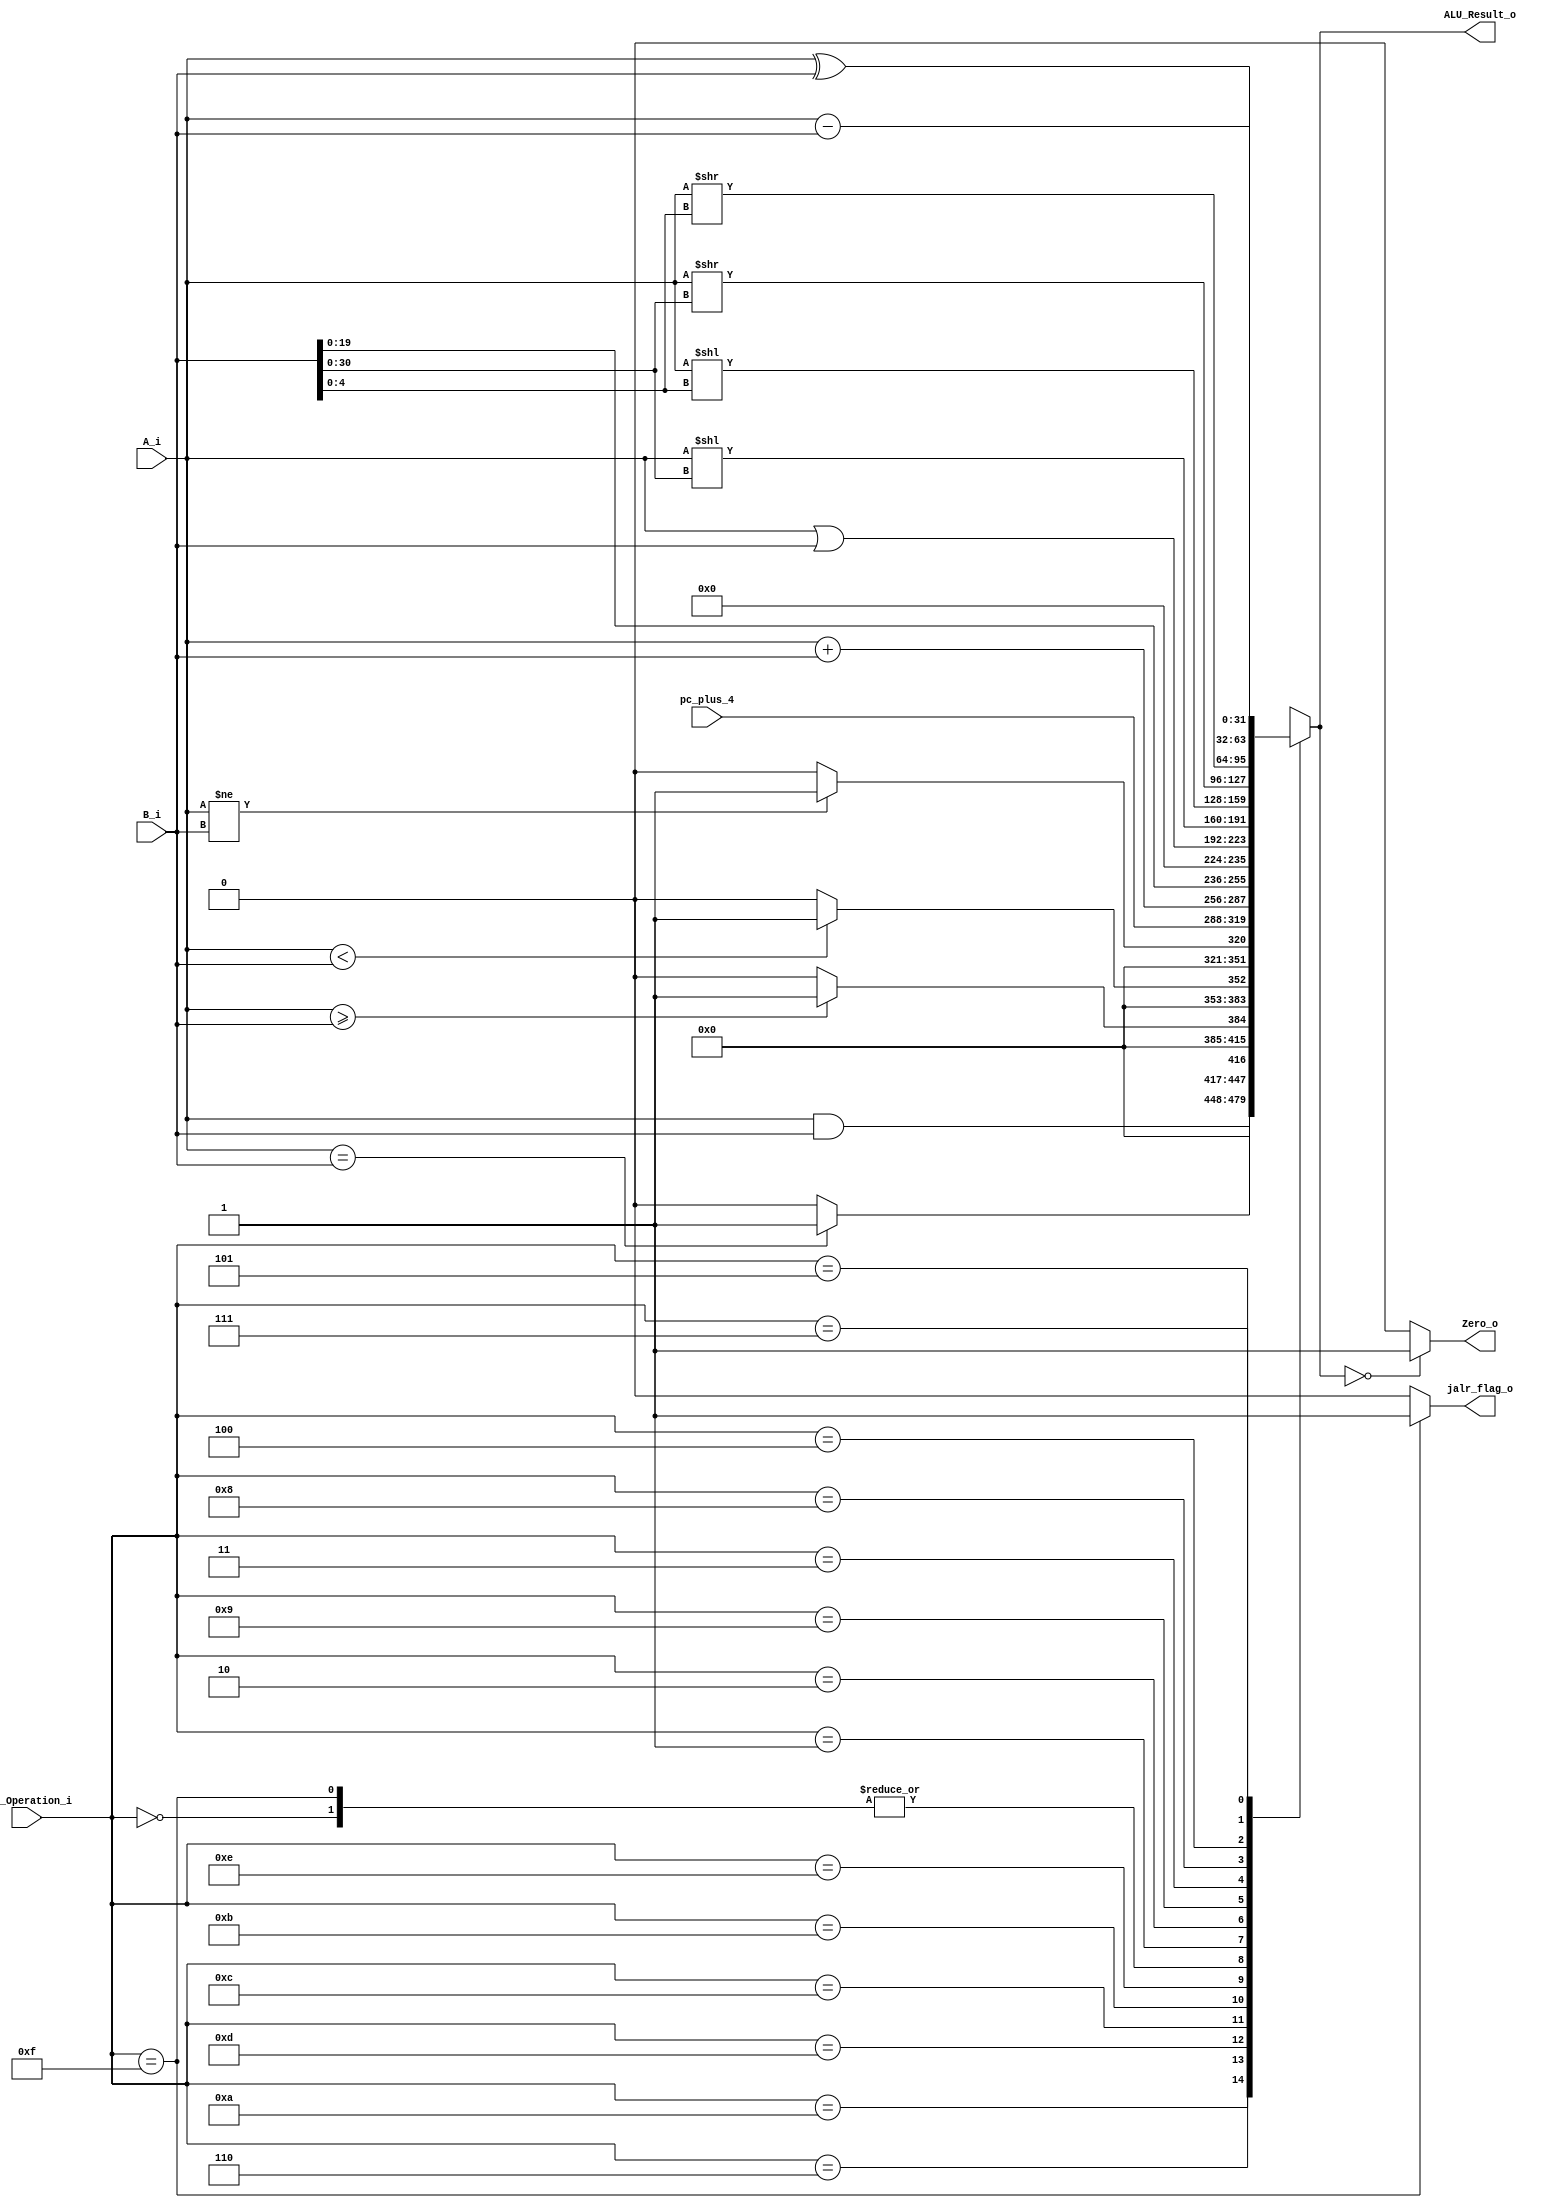
/******************************************************************
* Description
*	This is an 32-bit arithetic logic unit that can execute the next set of operations:
*		add

* This ALU is written by using behavioral description.
* Version:
*	1.0
* Author:
*	Dr. Jos Luis Pizano Escalante
* email:
*	luispizano@iteso.mx
* Date:
*	16/08/2021
*
* Modified by:
*	IS727550 - Diaz Aguayo; IS727272 - Cordero Hernandez
******************************************************************/

module ALU 
(
	input [3:0] ALU_Operation_i,
	input signed [31:0] A_i,
	input signed [31:0] B_i,
	input [31:0] pc_plus_4,
	
	output reg Zero_o,
	output reg jalr_flag_o,
	output reg [31:0] ALU_Result_o
);

localparam ADD		= 4'b0000;	// Cubre ADDI, LW y SW tambin
localparam AND 	= 4'b0110;  // Cubre ANDI tambin
localparam BEQ		= 4'b1010;	// Complementario con mdulos para seales estilo JAL (resultados de un bit)
localparam BGE 	= 4'b1101; 
localparam BLT		= 4'b1100;
localparam BNE		= 4'b1011;
localparam JAL 	= 4'b1110;
localparam JALR	= 4'b1111;
localparam LUI		= 4'b0001;
localparam OR		= 4'b0010;	// Cubre ORI tambin
localparam SLL 	= 4'b1001;
localparam SLLI	= 4'b0011;
localparam SRL 	= 4'b1000;
localparam SRLI 	= 4'b0100;
localparam SUB		= 4'b0101;
localparam XOR		= 4'b0111;	// Cubre XORI tambin
   
always @ (A_i or B_i or ALU_Operation_i)
	begin
		case (ALU_Operation_i)
			ADD:
				ALU_Result_o = A_i + B_i;
			AND: 
				ALU_Result_o = A_i & B_i;
			BEQ:	//	if(rs1 == rs2) PC += imm
				ALU_Result_o = (A_i == B_i) ? 1'b1 : 1'b0;
			BGE:  // if(rs1 >= rs2) PC += imm
				ALU_Result_o = (A_i >= B_i) ? 1'b1 : 1'b0;
			BLT:	// if(rs1 < rs2) PC += imm
				ALU_Result_o = (A_i < B_i) ? 1'b1 : 1'b0;
			BNE:	//	if(rs1 != rs2) PC += imm
				ALU_Result_o = (A_i != B_i) ? 1'b1 : 1'b0;
			JAL:
				ALU_Result_o = pc_plus_4;
			JALR:
				ALU_Result_o = A_i + B_i;
			LUI:
				ALU_Result_o = {B_i[19:0],12'b0};
			OR:
				ALU_Result_o = A_i | B_i;
			SLL:
				ALU_Result_o = A_i << B_i[30:0];
			SLLI:
				ALU_Result_o = A_i << B_i[4:0];
			SRL:
				ALU_Result_o = A_i >> B_i[30:0];
			SRLI:
				ALU_Result_o = A_i >> B_i[4:0];
			SUB:
				ALU_Result_o = A_i - B_i;
			XOR:
				ALU_Result_o = A_i ^ B_i;
			default:
				ALU_Result_o = 0;
		endcase // case(control)
		
		jalr_flag_o = (ALU_Operation_i == JALR) ? 1'b1 : 1'b0;

		Zero_o = (ALU_Result_o == 0) ? 1'b1 : 1'b0;
	end // always @ (A or B or control)
endmodule // ALU